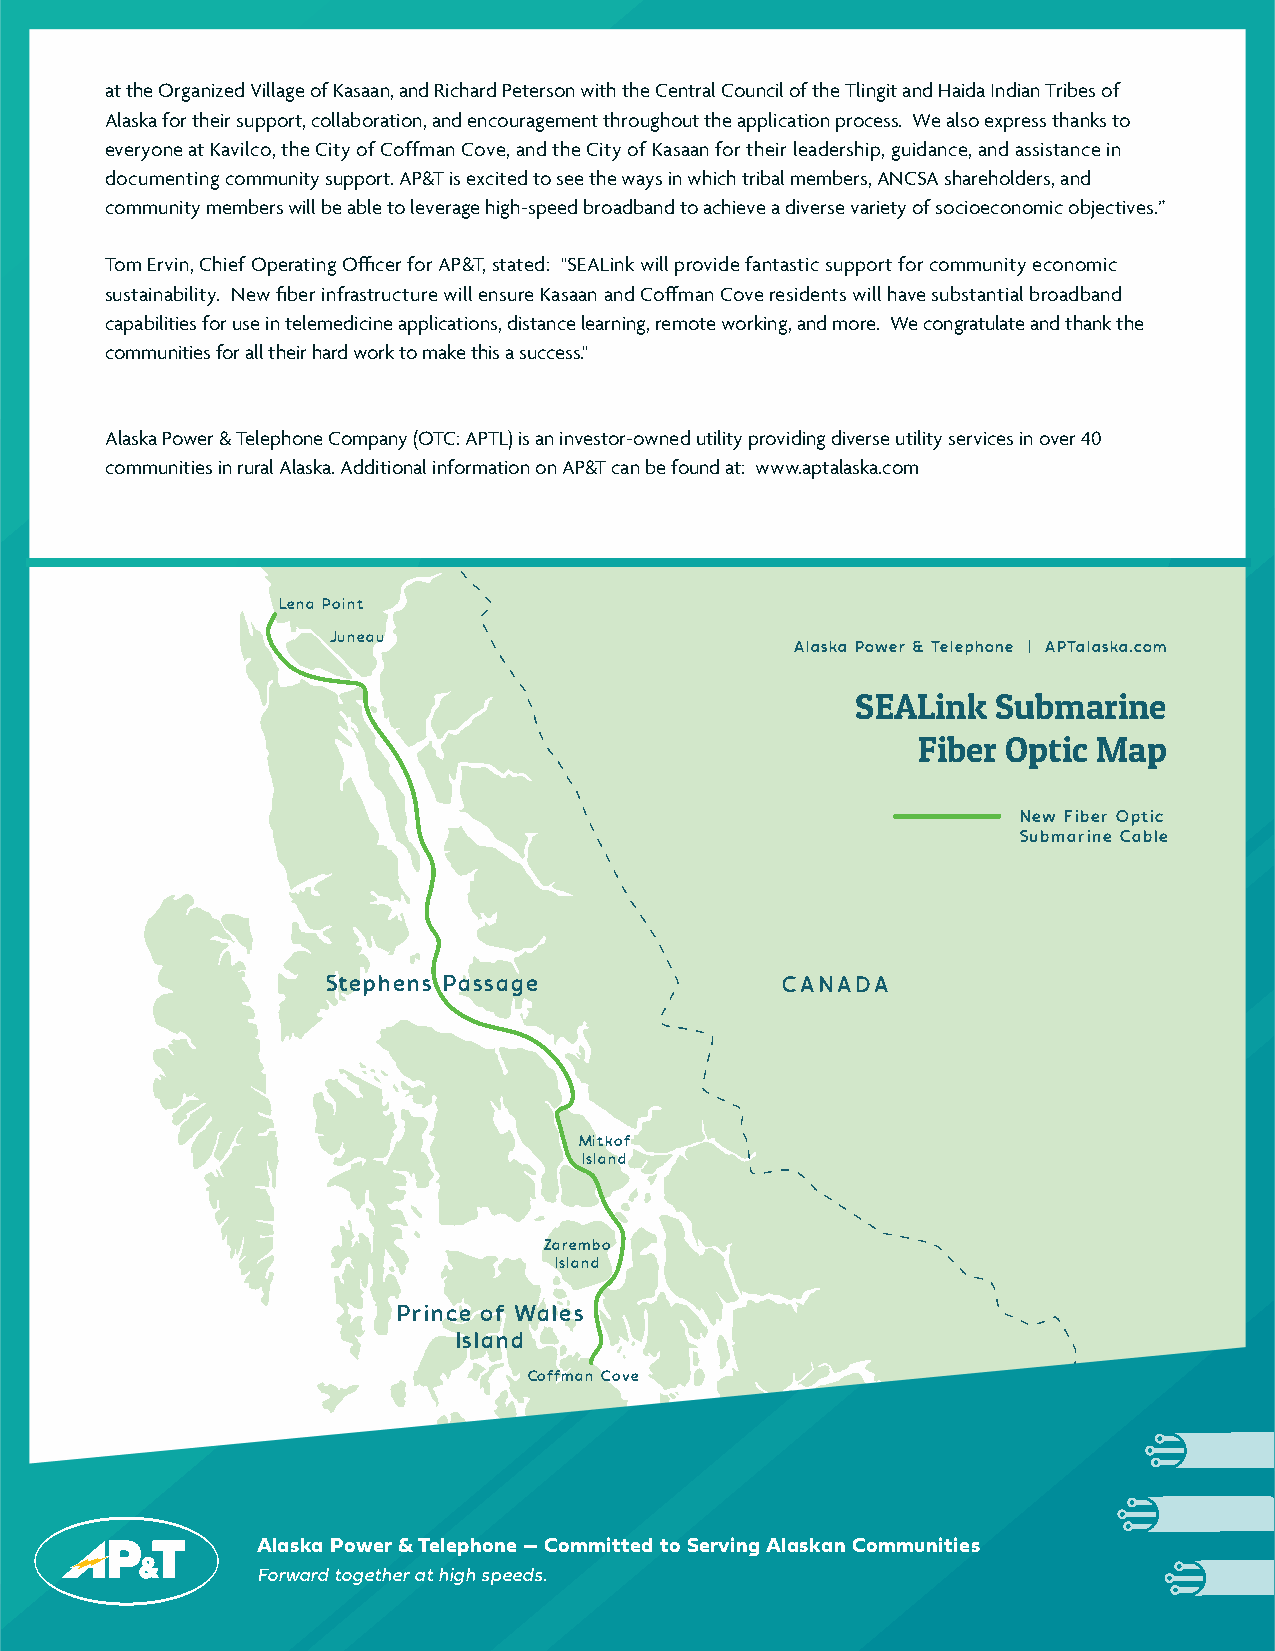
at the Organized Village of Kasaan, and Richard Peterson with the Central Council of the Tlingit and Haida Indian Tribes of
 Alaska for their support, collaboration, and encouragement throughout the application process. We also express thanks to
 everyone at Kavilco, the City of Coffman Cove, and the City of Kasaan for their leadership, guidance, and assistance in
 documenting community support. AP&T is excited to see the ways in which tribal members, ANCSA shareholders, and
 community members will be able to leverage high-speed broadband to achieve a diverse variety of socioeconomic objectives.”
 Tom Ervin, Chief Operating Officer for AP&T, stated: "SEALink will provide fantastic support for community economic
 sustainability. New fiber infrastructure will ensure Kasaan and Coffman Cove residents will have substantial broadband
 capabilities for use in telemedicine applications, distance learning, remote working, and more. We congratulate and thank the
 communities for all their hard work to make this a success."
 Alaska Power & Telephone Company (OTC: APTL) is an investor-owned utility providing diverse utility services in over 40
 communities in rural Alaska. Additional information on AP&T can be found at: www.aptalaska.com
 Lena Point
 Juneau
 Alaska Power & Telephone | APTalaska.com
 SEALink  Submarine
 Fiber Optic Map
 New Fiber Optic
 Submarine Cable
 Stephens Passage              CANADA
 Mitkof
 Island
 Zarembo
 Island
 Prince of Wales
 Island
 Coffman Cove
 Alaska Power & Telephone -- Committed to Serving Alaskan Communities
 Forward together at high speeds.